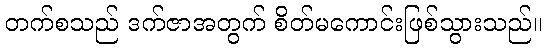
တက်စသည် ဒက်ဇာအတွက် စိတ်မကောင်းဖြစ်သွားသည်။